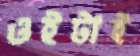
ওইটাই